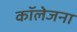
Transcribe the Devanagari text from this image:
कॉलेजना